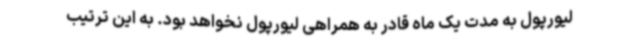
لیورپول به مدت یک ماه قادر به همراهی لیورپول نخواهد بود. به این ترتیب